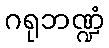
ဂရုဘဏ္ဍံ